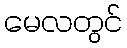
မေလတွင်